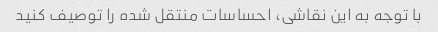
با توجه به این نقاشی، احساسات منتقل شده را توصیف کنید